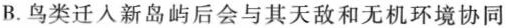
B.鸟类迁人新岛屿后会与其天敌和无机环境协同